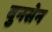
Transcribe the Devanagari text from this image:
बुनसेन